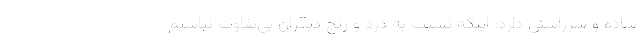
ساده و سرراستي دارد: اينكه نسبت به درد و رنج ديگران بي‌تفاوت نباشيم